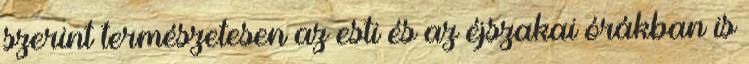
szerint természetesen az esti és az éjszakai órákban is